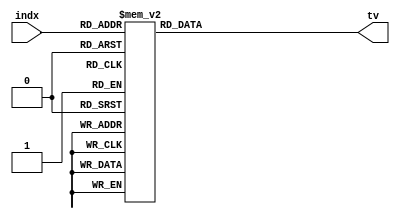
module table1(indx,tv);

input [4:0] indx;
output [15:0] tv;
reg [15:0] _tv;
assign tv=_tv;

always @(*) 
begin
case(indx)
0  : _tv=16'b0011001100110000;
1  : _tv=16'b0011011101100000;
2  : _tv=16'b0011100011110000;
3  : _tv=16'b0011001100110000;
4  : _tv=16'b0011011011110000;
5  : _tv=16'b0011011101100000;
6  : _tv=16'b0011100011110000;
7  : _tv=16'b0011010111000000;
8  : _tv=16'b0011011101100000;
9  : _tv=16'b0011100011110000;
10 : _tv=16'b0011001100110000;
11 : _tv=16'b0011010111000000;
12 : _tv=16'b0011100000100000;
13 : _tv=16'b0011001101110000;
14 : _tv=16'b0011010111000000;
15 : _tv=16'b0011011011110000;
16 : _tv=16'b0011100011110000;
17 : _tv=16'b0011001100110000;
18 : _tv=16'b0011010111000000;
19 : _tv=16'b0011011101100000;
20 : _tv=16'b0011100011110000;
21 : _tv=16'b0011010011010000;
22 : _tv=16'b0011011010010000;
23 : _tv=16'b0011100000100000;
24 : _tv=16'b0011100110000000;
default : _tv=16'b0000000000000000;
endcase
end 
endmodule